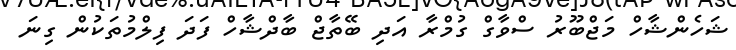
ޝަހެންޝާހް މަޖްބޫރު ސްވާގް ގުމްރާ އަދި ބޭތާޖް ބާދްޝާހް ފަދަ ފިލްމުތަކުން ގިނަ